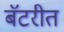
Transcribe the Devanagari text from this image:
बॅटरीत